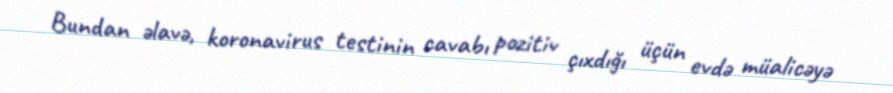
Bundan əlavə, koronavirus testinin cavabı pozitiv çıxdığı üçün evdə müalicəyə